Document type: Sale
Year: 1461
Scribe: [Unknown]
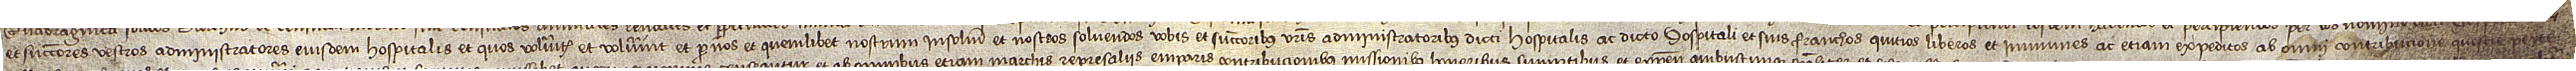
et successores vestros administratores eiusdem hospitalis et quos volueritis et voluerint et per nos et quemlibet nostrum insolidum et nostros solvendos vobis et successoribus vestris administratoribus dicti hospitalis ac dicto hospitali et suis franchos, quitios, liberos et immunes ac etiam expeditos ab omni contribucione questie, peyte,